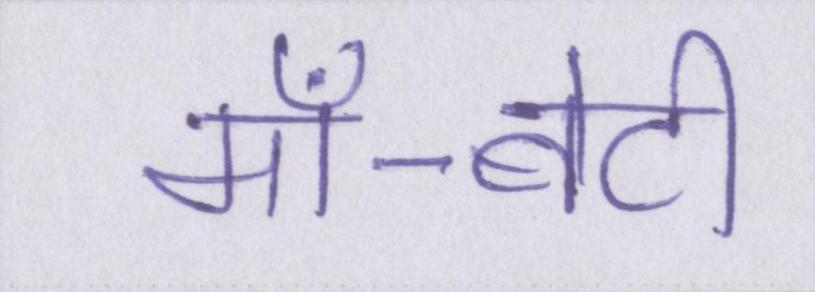
माँ-बेटी